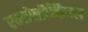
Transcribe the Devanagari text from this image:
एन्डोब्रॉन्कियल